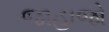
જાહાજો